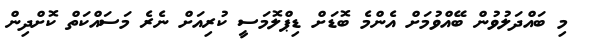
މި ބައްދަލުވުން ބޭއްވުމަށް އެންމެ ބޮޑަށް ޑިޕްލޮމަސީ ކުރިއަށް ނެރެ މަސައްކަތް ކޮށްދިން